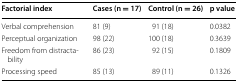
<table><thead><tr><td><b>Factorial index</b></td><td><b>Cases (n = 17)</b></td><td><b>Control (n = 26)</b></td><td><b>p value</b></td></tr></thead><tbody><tr><td>Verbal comprehension</td><td>81 (9)</td><td>91 (18)</td><td>0.0382</td></tr><tr><td>Perceptual organization</td><td>98 (22)</td><td>100 (18)</td><td>0.3639</td></tr><tr><td>Freedom from distractability</td><td>86 (23)</td><td>92 (15)</td><td>0.1809</td></tr><tr><td>Processing speed</td><td>85 (13)</td><td>89 (11)</td><td>0.1326</td></tr></tbody></table>